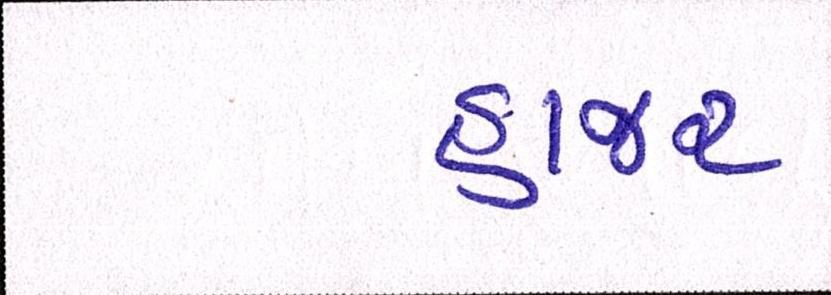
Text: હાજર